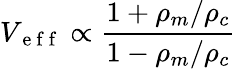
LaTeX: V_{\mathrm{~e~f~f~}}\propto\frac{1+\rho_{m}/\rho_{c}}{1-\rho_{m}/\rho_{c}}